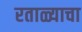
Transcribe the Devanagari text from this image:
रताळ्याचा